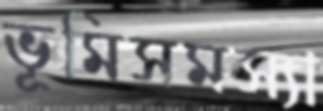
ভূমিসমস্যা